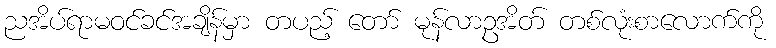
ညအိပ်ရာမဝင်ခင်အချိန်မှာ တပည့် တော် မုန်လာဥအိတ် တစ်လုံးစာလောက်ကို